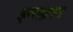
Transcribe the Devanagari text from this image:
इन्तक़ाम